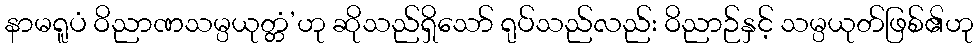
နာမရူပံ ဝိညာဏသမ္ပယုတ္တံ’ဟု ဆိုသည်ရှိသော် ရုပ်သည်လည်း ဝိညာဉ်နှင့် သမ္ပယုတ်ဖြစ်၏ဟု